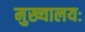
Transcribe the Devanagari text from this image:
मुख्यालयः